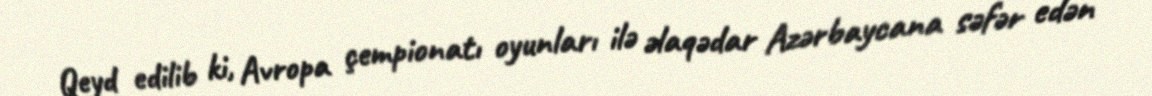
Qeyd edilib ki, Avropa çempionatı oyunları ilə əlaqədar Azərbaycana səfər edən